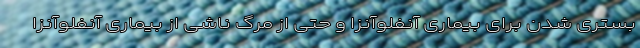
بستری شدن برای بیماری آنفلوآنزا و حتی از مرگ ناشی از بیماری آنفلوآنزا